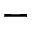
-